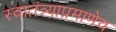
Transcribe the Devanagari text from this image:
स्वातंत्र्याप्रमाणेच